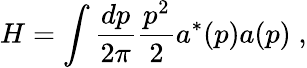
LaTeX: H=\int{\frac{dp}{2\pi}}{\frac{p^{2}}{2}}a^{*}(p)a(p)\; ,